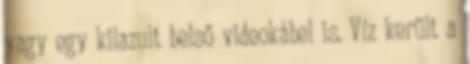
vagy egy kilazult belső videokábel is. Víz került a